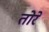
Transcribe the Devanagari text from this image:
तोरें